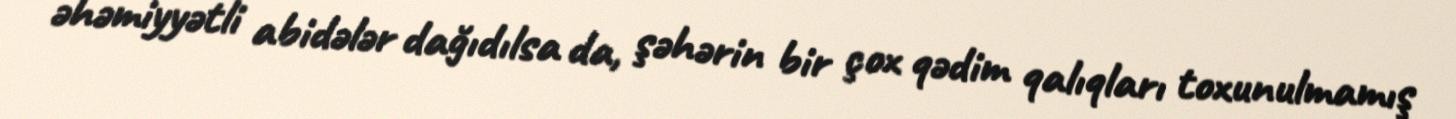
əhəmiyyətli abidələr dağıdılsa da, şəhərin bir çox qədim qalıqları toxunulmamış